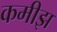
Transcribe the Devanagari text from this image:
कमीझ